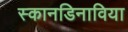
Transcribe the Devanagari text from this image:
स्कानडिनाविया